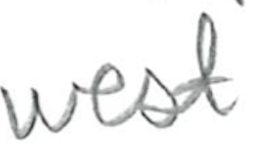
Text: west
Cross-out: clean
Writing tool: pencil